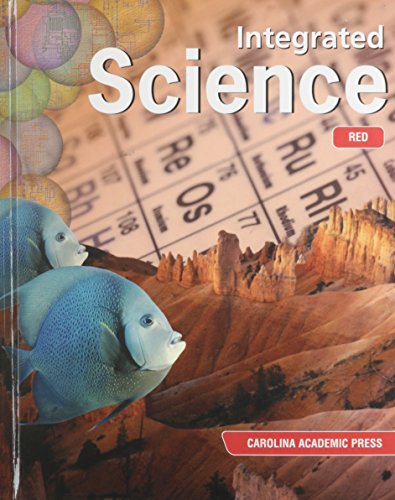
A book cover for Integrated Science Level Red 6th Grade; Carolina Academic Press; Teen & Young Adult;